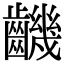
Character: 𪙧